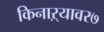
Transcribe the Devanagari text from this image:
किनाऱ्यावर७